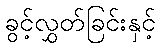
ခွင့်လွှတ်ခြင်းနှင့်